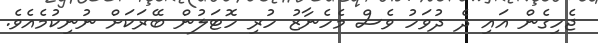
ޖެހިގެން އައި ދެ ދުވަހު ވެސް މެހެނާޒު ހުރި ހޮޓަލުން ބޭރަކަށް ނުނިކުމެއެވެ.